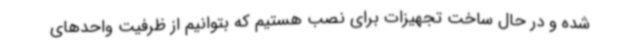
شده و در حال ساخت تجهیزات برای نصب هستیم که بتوانیم از ظرفیت واحدهای